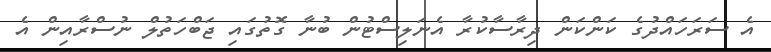
އެ ސަރަހައްދުގެ ކަންކަން ދިރާސާކުރާ އެނަލިސްޓުން ބުނާ ގޮތުގައި ޖަބްހަތުލް ނުސްރާއިން އެ